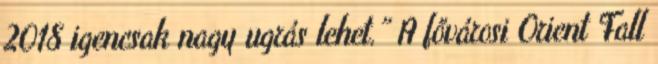
2018 igencsak nagy ugrás lehet.” A fővárosi Orient Fall